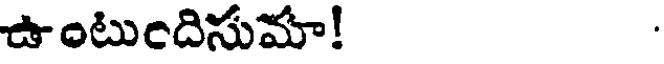
ఉంటుందిసుమా!